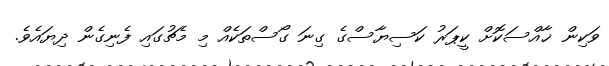
ވަކިން ޚާއްސަކޮށް ކީޕަރު ކަސިޔާސްގެ ގިނަ ގޯސްތަކެއް މި މެޗުގައި ފެނިގެން ދިޔައެވެ.